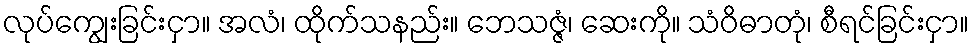
လုပ်ကျွေးခြင်းငှာ။ အလံ၊ ထိုက်သနည်း။ ဘေသဇ္ဇံ၊ ဆေးကို။ သံဝိဓာတုံ၊ စီရင်ခြင်းငှာ။